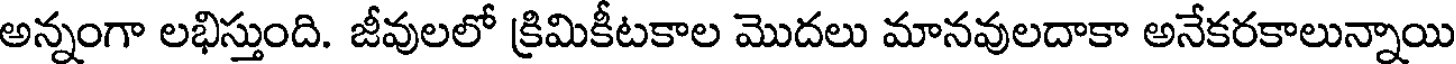
అన్నంగా లభిస్తుంది. జీవులలో క్రిమికీటకాల మొదలు మానవులదాకా అనేకరకాలున్నాయి